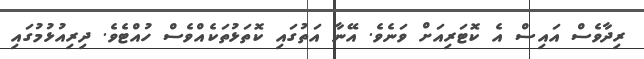
ރިދާވެސް އައިސް އެ ކޮޓަރިއަށް ވަނެވެ. އޭނާ އަތުގައި ކޮތަޅުތަކެއްވެސް ހުއްޓެވެ. ދިރިއުޅުމުގައި